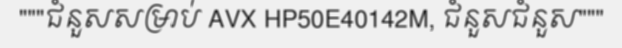
"""ជំនួសសម្រាប់ AVX HP50E40142M, ជំនួសជំនួស"""